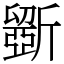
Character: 斵